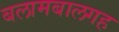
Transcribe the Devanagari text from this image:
बलामबालगह